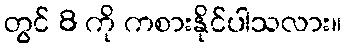
တွင် 8 ကို ကစားနိုင်ပါသလား။